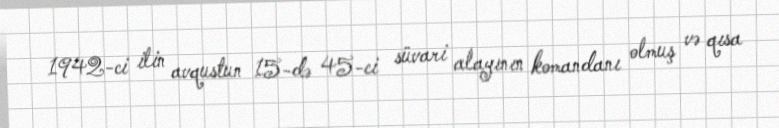
1942-ci ilin avqustun 15-də 45-ci süvari alayının komandanı olmuş və qısa